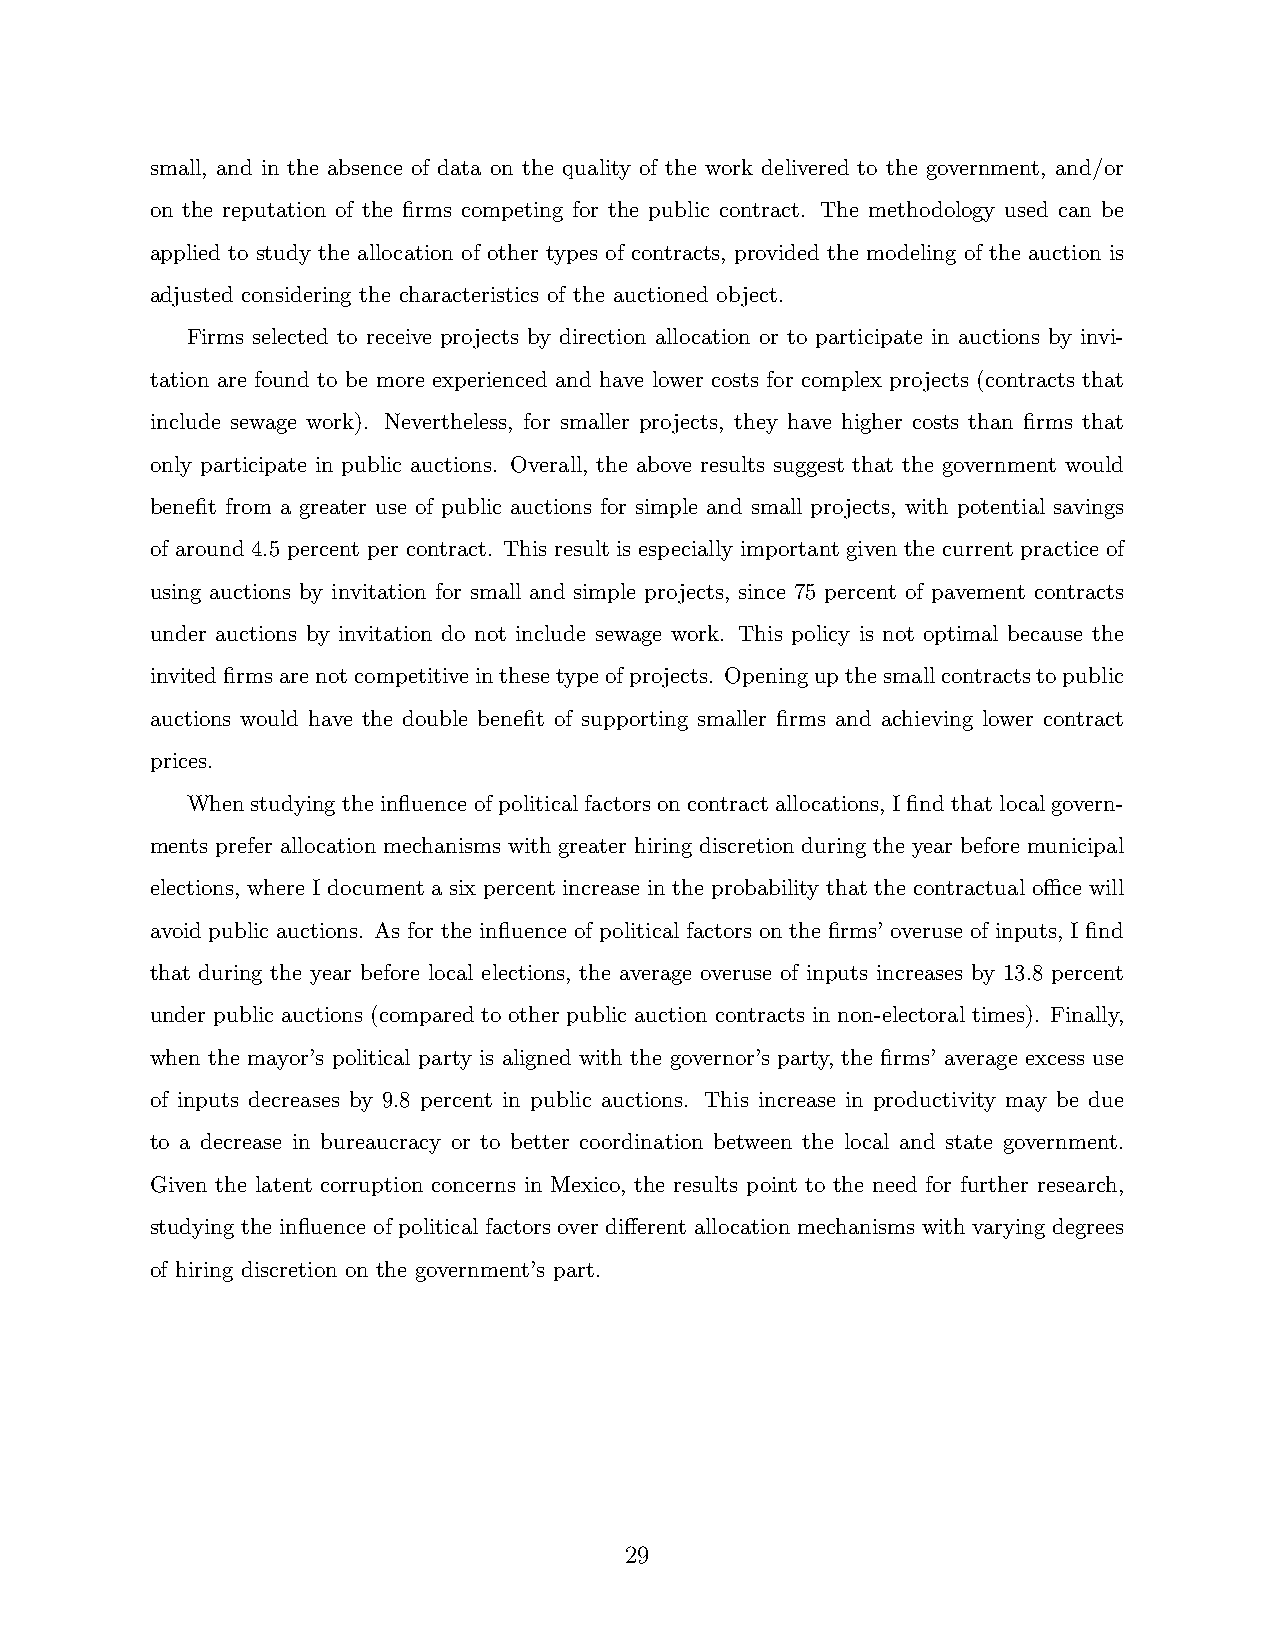
small, and in the absence of data on the quality of the work delivered to the government, and/or
 on the reputation of the firms competing for the public contract. The methodology used can be
 applied to study the allocation of other types of contracts, provided the modeling of the auction is
 adjusted considering the characteristics of the auctioned object.
 Firms selected to receive projects by direction allocation or to participate in auctions by invi-
 tation are found to be more experienced and have lower costs for complex projects (contracts that
 include sewage work). Nevertheless, for smaller projects, they have higher costs than firms that
 only participate in public auctions. Overall, the above results suggest that the government would
 benefit from a greater use of public auctions for simple and small projects, with potential savings
 of around 4.5 percent per contract. This result is especially important given the current practice of
 using auctions by invitation for small and simple projects, since 75 percent of pavement contracts
 under auctions by invitation do not include sewage work. This policy is not optimal because the
 invitedfirmsarenotcompetitiveinthesetypeofprojects. Openingupthesmallcontractstopublic
 auctions would have the double benefit of supporting smaller firms and achieving lower contract
 prices.
 Whenstudyingtheinfluenceofpoliticalfactorsoncontractallocations, Ifindthatlocalgovern-
 ments prefer allocation mechanisms with greater hiring discretion during the year before municipal
 elections, where I document a six percent increase in the probability that the contractual office will
 avoid public auctions. As for the influence of political factors on the firms’ overuse of inputs, I find
 that during the year before local elections, the average overuse of inputs increases by 13.8 percent
 under public auctions (compared to other public auction contracts in non-electoral times). Finally,
 when the mayor’s political party is aligned with the governor’s party, the firms’ average excess use
 of inputs decreases by 9.8 percent in public auctions. This increase in productivity may be due
 to a decrease in bureaucracy or to better coordination between the local and state government.
 Given the latent corruption concerns in Mexico, the results point to the need for further research,
 studying the influence of political factors over different allocation mechanisms with varying degrees
 of hiring discretion on the government’s part.
 29